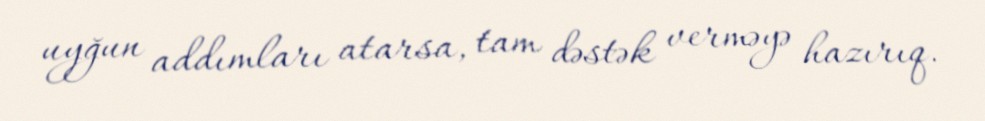
uyğun addımları atarsa, tam dəstək verməyə hazırıq.